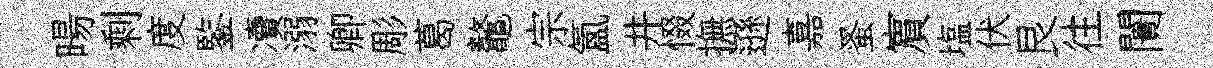
暘剩度鍳凟溺卿彫葛鼇宗氳井惙撫遜嘉蚤賔塩伏艮往闠